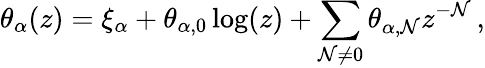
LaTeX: \theta_{\alpha}(z)=\xi_{\alpha}+\theta_{\alpha,0}\log(z)+\sum_{\mathcal{N}\neq0}\theta_{\alpha,\mathcal{N}}z^{-\mathcal{N}}\, ,